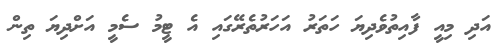
އަދި މިއީ ފާއިތުވެދިޔަ ހަތަރު އަހަރުތެރޭގައި އެ ޓީމު ސެމީ އަށްދިޔަ ތިން